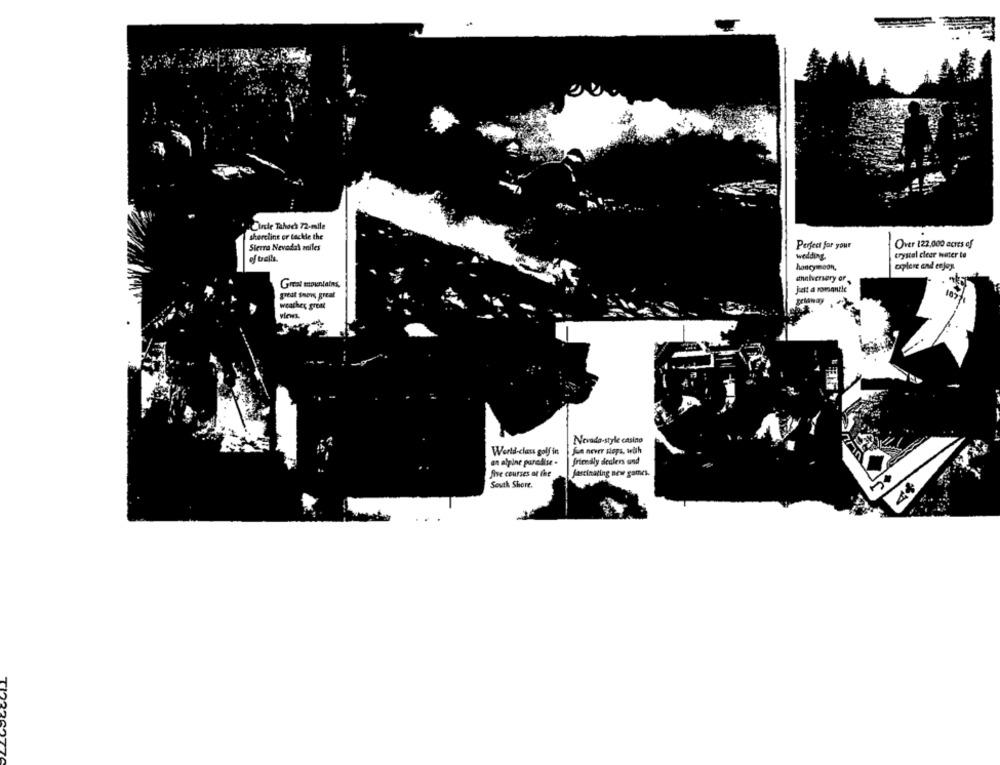
Circle Tahoch 72-eslle
shercline or tackle the
Sierra Nevada\ aniles
Perfect for your
Over 122,000 acres ef
of trails
wedding
crystal clear water to
honeymoon,
aplore and enjoy
Great mountains,
anniversary of,
juett a romantie
greit suovs great
weather great
views.
Nevada-style casino
World-class golf in
fun never stops, with
an alpine paradise .
friendly dealers and
five courses at the
fascinating new games.
Sestk Shore.